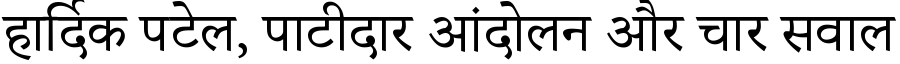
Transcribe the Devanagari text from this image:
हार्दिक पटेल, पाटीदार आंदोलन और चार सवाल